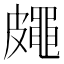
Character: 𥀨